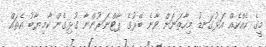
މީގެ ހެއްކެއް އަޅުގަނޑު މިހާތަނަށް ވާނެ ބޭރުގެ ޕާޓްނަރުންނާ ގުޅިގެން ކާމިޔާބު އެތައް